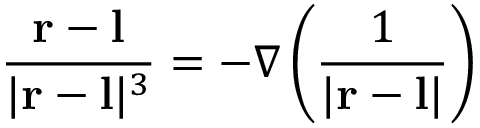
{ \frac { \mathbf { r } - \mathbf { l } } { | \mathbf { r } - \mathbf { l } | ^ { 3 } } } = - \nabla \left( { \frac { 1 } { | \mathbf { r } - \mathbf { l } | } } \right)